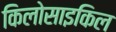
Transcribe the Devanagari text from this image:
किलोसाइकिल